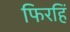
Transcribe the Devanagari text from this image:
फिरहिं